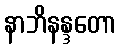
နာဘိနန္ဒတော